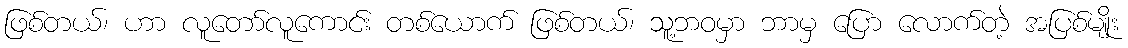
ဖြစ်တယ်၊ ဟာ လူတော်လူကောင်း တစ်ယောက် ဖြစ်တယ်၊ သူ့ဘဝမှာ ဘာမှ ပြော လောက်တဲ့ အပြစ်မျိုး